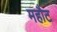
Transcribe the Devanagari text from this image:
महौट